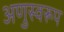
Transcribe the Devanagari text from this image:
अणुस्वरूप